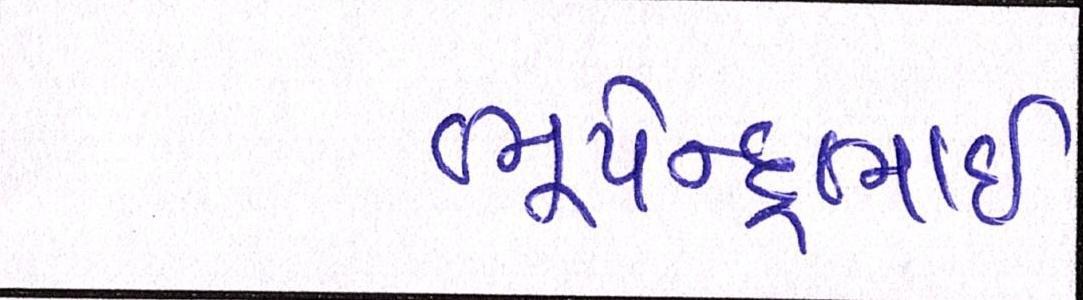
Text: ભૂપેન્દ્રભાઈ